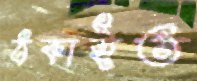
ঠকাইত